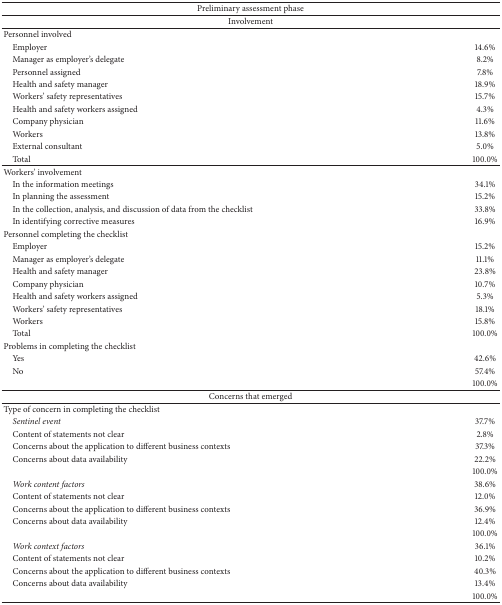
| <COLSPAN=2> Preliminary assessment phase |
 | --- | --- |
 | <COLSPAN=2> Involvement |
 | Personnel involved |  |
 | Employer | 14.6% |
 | Manager as employer's delegate | 8.2% |
 | Personnel assigned | 7.8% |
 | Health and safety manager | 18.9% |
 | Workers' safety representatives | 15.7% |
 | Health and safety workers assigned | 4.3% |
 | Company physician | 11.6% |
 | Workers | 13.8% |
 | External consultant | 5.0% |
 | Total | 100.0% |
 | Workers' involvement |  |
 | In the information meetings | 34.1% |
 | In planning the assessment | 15.2% |
 | In the collection, analysis, and discussion of data from the checklist | 33.8% |
 | In identifying corrective measures | 16.9% |
 | Personnel completing the checklist |  |
 | Employer | 15.2% |
 | Manager as employer's delegate | 11.1% |
 | Health and safety manager | 23.8% |
 | Company physician | 10.7% |
 | Health and safety workers assigned | 5.3% |
 | Workers' safety representatives | 18.1% |
 | Workers | 15.8% |
 | Total | 100.0% |
 | Problems in completing the checklist |  |
 | Yes | 42.6% |
 | No | 57.4% |
 |  | 100.0% |
 | <COLSPAN=2> Concerns that emerged |
 | Type of concern in completing the checklist |  |
 | Sentinel event | 37.7% |
 | Content of statements not clear | 2.8% |
 | Concerns about the application to different business contexts | 37.3% |
 | Concerns about data availability | 22.2% |
 |  | 100.0% |
 | Work content factors | 38.6% |
 | Content of statements not clear | 12.0% |
 | Concerns about the application to different business contexts | 36.9% |
 | Concerns about data availability | 12.4% |
 |  | 100.0% |
 | Work context factors | 36.1% |
 | Content of statements not clear | 10.2% |
 | Concerns about the application to different business contexts | 40.3% |
 | Concerns about data availability | 13.4% |
 |  | 100.0% |